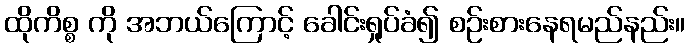
ထိုကိစ္စ ကို အဘယ်ကြောင့် ခေါင်းရှုပ်ခံ၍ စဉ်းစားနေရမည်နည်း။